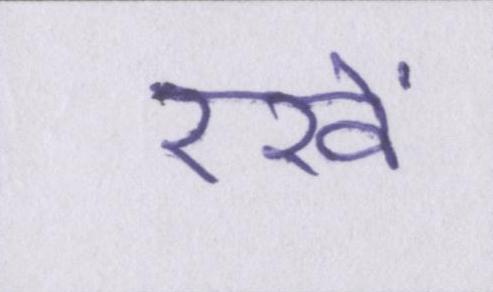
रखें